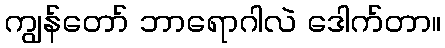
ကျွန်တော် ဘာရောဂါလဲ ဒေါက်တာ။